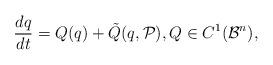
LaTeX: \begin{align*} \frac{dq}{dt}=Q(q) + \tilde Q(q, {\mathcal P}), Q \in C^{1}({\mathcal B}^n),\end{align*}